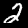
Digit: 2